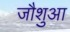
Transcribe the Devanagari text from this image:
जौशुआ